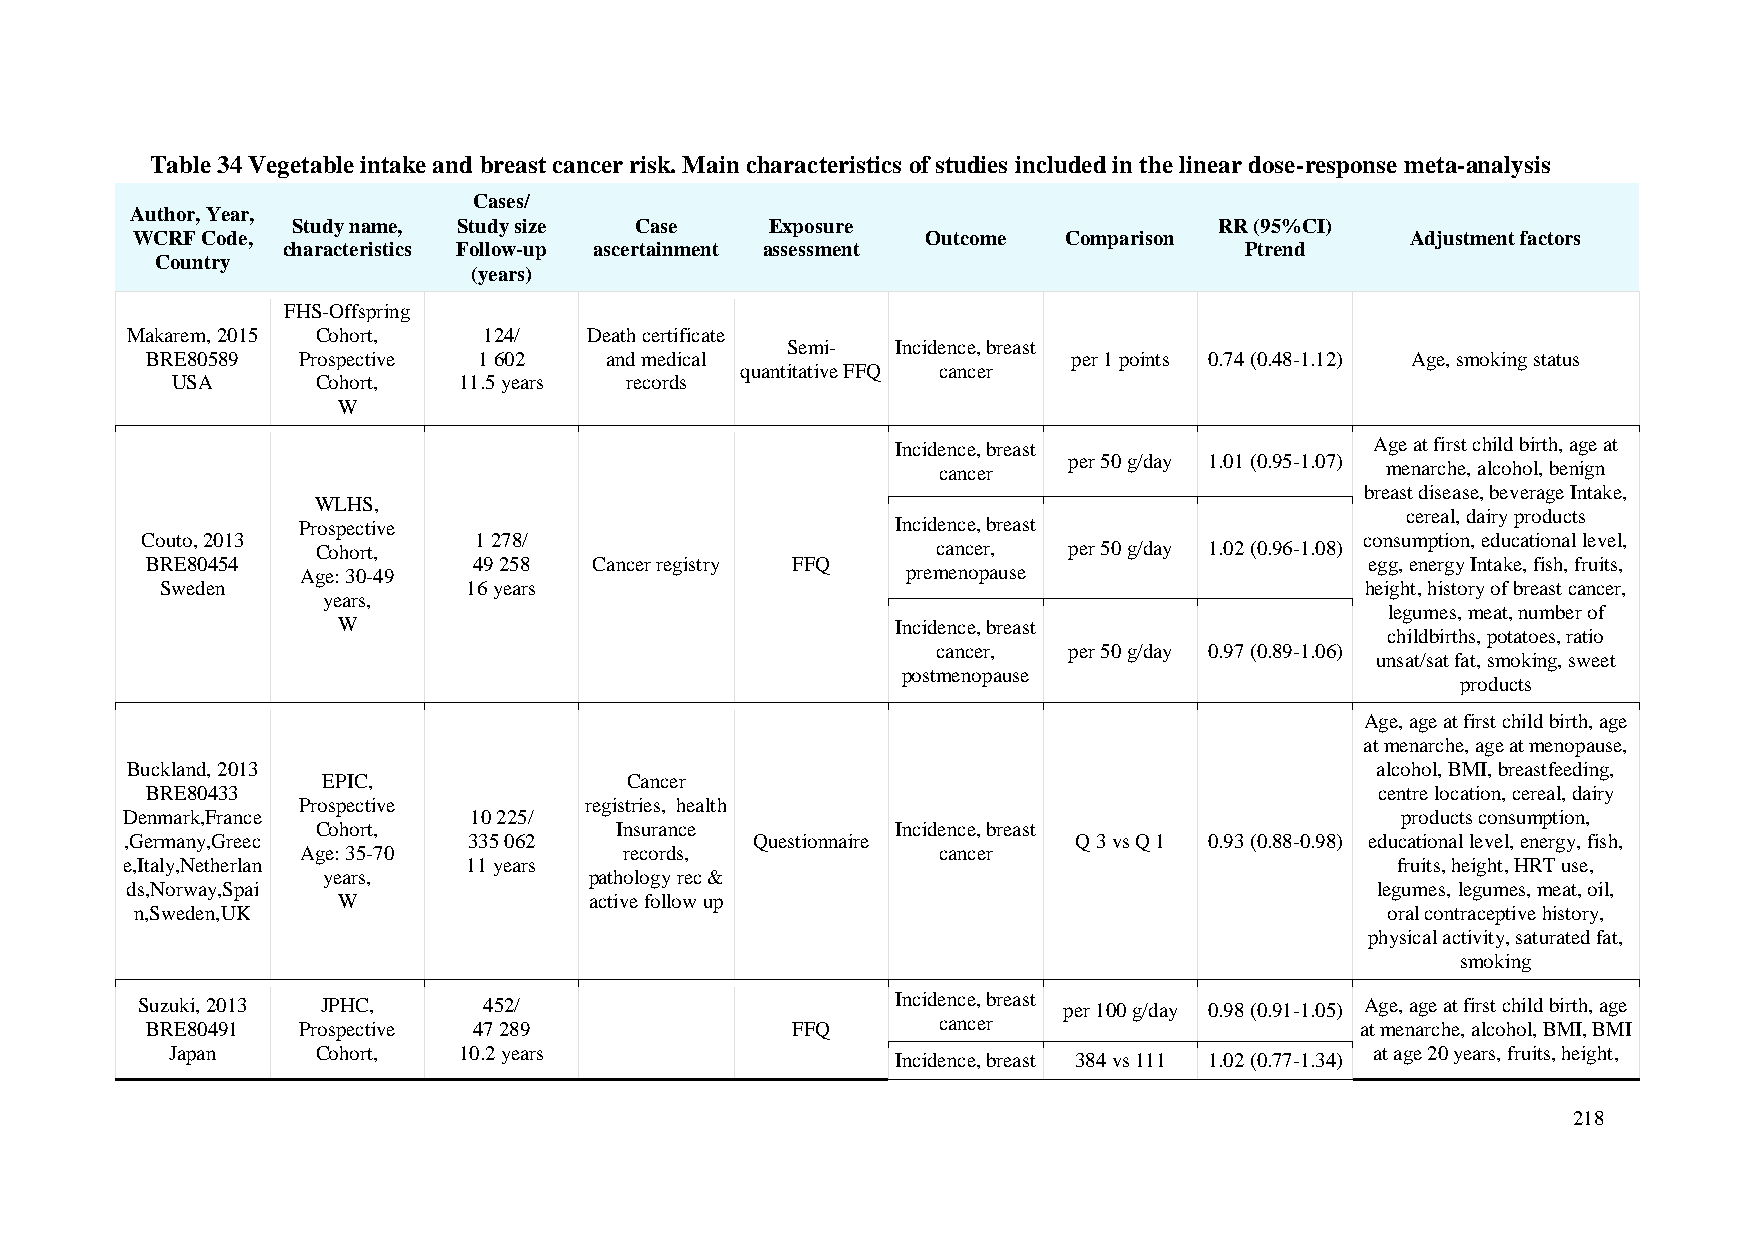
Table 34 Vegetable intake and breast cancer risk. Main characteristics of studies included in the linear dose-response meta-analysis
 Cases/
 Author, Year,
 Study name, Study size Case     Exposure                      RR (95%CI)
 WCRF Code,                                          Outcome   Comparison            Adjustment factors
 characteristics Follow-up ascertainment assessment             Ptrend
 Country
 (years)
 FHS-Offspring
 Makarem, 2015 Cohort,   124/   Death certificate
 Semi-  Incidence, breast
 BRE80589  Prospective 1 602   and medical                    per 1 points 0.74 (0.48-1.12) Age, smoking status
 quantitative FFQ cancer
 USA       Cohort,  11.5 years records
 W
 Incidence, breast               Age at first child birth, age at
 per 50 g/day 1.01 (0.95-1.07)
 cancer                        menarche, alcohol, benign
 breast disease, beverage Intake,
 WLHS,
 cereal, dairy products
 Prospective                            Incidence, breast
 Couto, 2013           1 278/                                                     consumption, educational level,
 Cohort,                                  cancer,  per 50 g/day 1.02 (0.96-1.08)
 BRE80454             49 258  Cancer registry FFQ                                 egg, energy Intake, fish, fruits,
 Age: 30-49                              premenopause
 Sweden              16 years                                                   height, history of breast cancer,
 years,
 legumes, meat, number of
 W                                    Incidence, breast
 childbirths, potatoes, ratio
 cancer,  per 50 g/day 0.97 (0.89-1.06)
 unsat/sat fat, smoking, sweet
 postmenopause
 products
 Age, age at first child birth, age
 at menarche, age at menopause,
 Buckland, 2013                                                                     alcohol, BMI, breastfeeding,
 EPIC,                Cancer
 BRE80433                                                                         centre location, cereal, dairy
 Prospective        registries, health
 Denmark,France         10 225/                                                       products consumption,
 Cohort,             Insurance         Incidence, breast
 ,Germany,Greec         335 062            Questionnaire        Q 3 vs Q 1 0.93 (0.88-0.98) educational level, energy, fish,
 Age: 35-70           records,             cancer
 e,Italy,Netherlan      11 years                                                     fruits, height, HRT use,
 years,            pathology rec &
 ds,Norway,Spai                                                                     legumes, legumes, meat, oil,
 W                active follow up
 n,Sweden,UK                                                                        oral contraceptive history,
 physical activity, saturated fat,
 smoking
 Incidence, breast
 Suzuki, 2013 JPHC,     452/                                  per 100 g/day 0.98 (0.91-1.05) Age, age at first child birth, age
 cancer
 BRE80491  Prospective 47 289              FFQ                                   at menarche, alcohol, BMI, BMI
 Japan     Cohort,  10.2 years                                                   at age 20 years, fruits, height,
 Incidence, breast 384 vs 111 1.02 (0.77-1.34)
 218